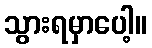
သွားရမှာပေါ့။